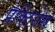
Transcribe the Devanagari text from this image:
प्रेक्टिसेस